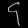
Digit: ၄